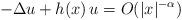
LaTeX: \begin{align*}-\Delta u + h(x)\,u = O(|x|^{-\alpha})\end{align*}